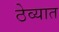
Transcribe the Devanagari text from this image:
ठेव्यात